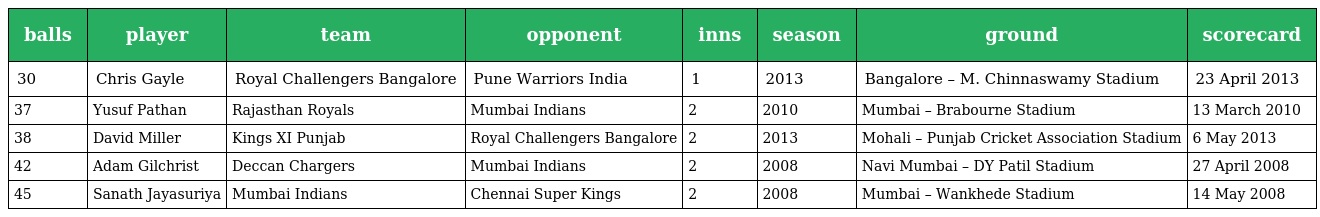
| balls | player | team | opponent | inns | season | ground | scorecard |
 | --- | --- | --- | --- | --- | --- | --- | --- |
 | 30 | Chris Gayle | Royal Challengers Bangalore | Pune Warriors India | 1 | 2013 | Bangalore – M. Chinnaswamy Stadium | 23 April 2013 |
 | 37 | Yusuf Pathan | Rajasthan Royals | Mumbai Indians | 2 | 2010 | Mumbai – Brabourne Stadium | 13 March 2010 |
 | 38 | David Miller | Kings XI Punjab | Royal Challengers Bangalore | 2 | 2013 | Mohali – Punjab Cricket Association Stadium | 6 May 2013 |
 | 42 | Adam Gilchrist | Deccan Chargers | Mumbai Indians | 2 | 2008 | Navi Mumbai – DY Patil Stadium | 27 April 2008 |
 | 45 | Sanath Jayasuriya | Mumbai Indians | Chennai Super Kings | 2 | 2008 | Mumbai – Wankhede Stadium | 14 May 2008 |